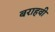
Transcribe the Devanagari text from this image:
बराहवी